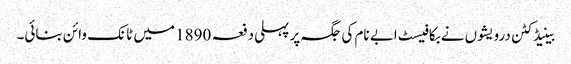
بینیڈکٹن درویشوں نے بکافیسٹ ابے نام کی جگہ پر پہلی دفعہ 1890 میں ٹانک وائن بنائی۔